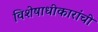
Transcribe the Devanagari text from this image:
विशेषाधीकारांची